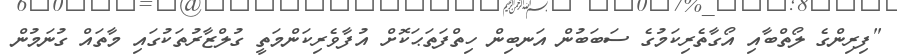
"ފިރިންގެ ލޯތްބާއި އޯގާތެރިކަމުގެ ސަބަބުން އަނބިން ހިތްފަތަޙަކޮށް އުފާވެރިކަންމަތީ ގުލްޒާރުތަކުގައި މާތައް ގުނަމުން